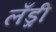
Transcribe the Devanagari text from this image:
लँड्री